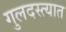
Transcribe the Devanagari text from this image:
गुलदस्त्यात